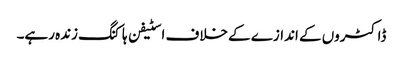
ڈاکٹروں کے اندازے کے خلاف اسٹیفن ہاکنگ زندہ رہے۔